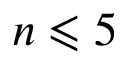
n \leqslant 5